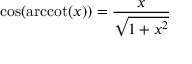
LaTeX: \cos ( \operatorname { a r c c o t } ( x ) ) = { \frac { x } { \sqrt { 1 + x ^ { 2 } } } }